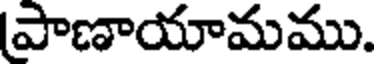
పాణాయామము.